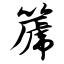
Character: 篪